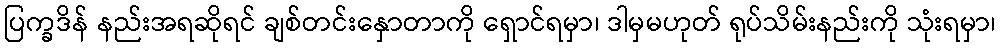
ပြက္ခဒိန် နည်းအရဆိုရင် ချစ်တင်းနှောတာကို ရှောင်ရမှာ၊ ဒါမှမဟုတ် ရုပ်သိမ်းနည်းကို သုံးရမှာ၊